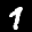
Label: 1